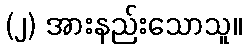
(၂) အားနည်းသောသူ။